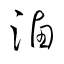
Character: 滷